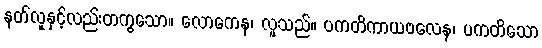
နတ်လူနှင့်လည်းတကွသော။ လောကေန၊ လူသည်။ ပကတိကာယဗလေန၊ ပကတိသော